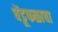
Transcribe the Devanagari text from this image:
चेंडूफळाचा